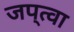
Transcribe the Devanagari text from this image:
जप्‌त्वा